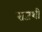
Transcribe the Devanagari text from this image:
राजशी